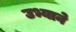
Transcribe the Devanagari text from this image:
उभ्याने